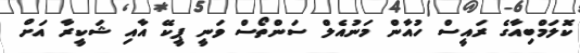
ކޮލަމްބިއާގެ ރައީސް ހުއާން މަނުއެލް ސަންތޯސް ވަނީ ޕީކޭ އާއި ޝަކީރާ އަށް